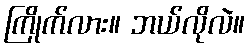
ကြိုက်လား။ ဘယ်လိုလဲ။